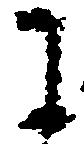
に